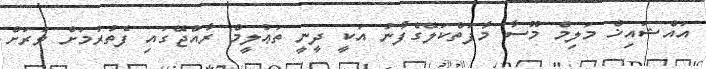
އައްޝައިޚް މަލިމް މޫސާ މާފަތްކަލޭގެފާނު އަކީ ދީނީ ތަޢުލީމް ރާއްޖޭގައި ފެތުރުމަށް ވަރަށް